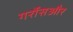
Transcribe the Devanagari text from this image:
गर्रोसऔर